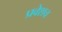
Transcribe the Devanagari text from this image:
प्रवेशच